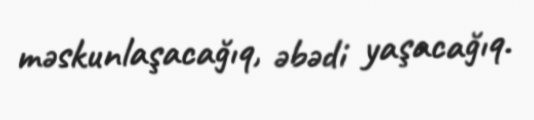
məskunlaşacağıq, əbədi yaşacağıq.